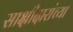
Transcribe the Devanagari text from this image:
साक्षीदारांच्या